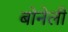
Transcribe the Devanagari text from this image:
बोनेली